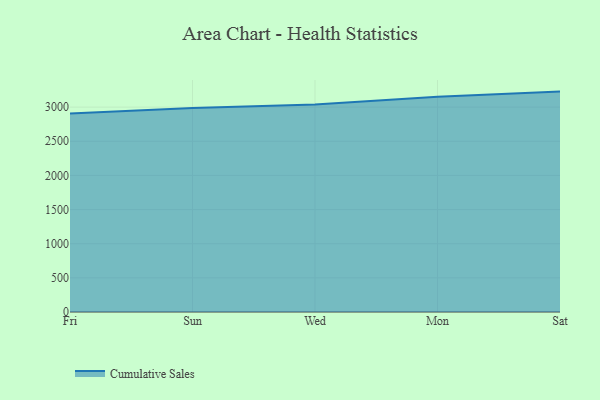
{"axis": {"x": "Day", "y": "Demand Index"}, "legend": ["Cumulative Sales"], "data": [{"x": "Fri", "y": 2908.1, "type": "Cumulative Sales"}, {"x": "Sun", "y": 2988.0, "type": "Cumulative Sales"}, {"x": "Wed", "y": 3039.0, "type": "Cumulative Sales"}, {"x": "Mon", "y": 3152.3, "type": "Cumulative Sales"}, {"x": "Sat", "y": 3227.6, "type": "Cumulative Sales"}]}